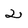
Character: 2